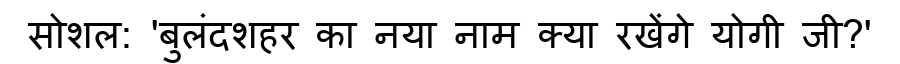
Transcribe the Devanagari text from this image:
सोशल: 'बुलंदशहर का नया नाम क्या रखेंगे योगी जी?'